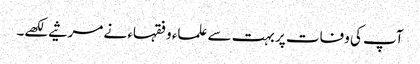
آپ کی وفات پر بہت سے علماء و فقہاء نے مرثیے لکھے۔